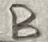
Text: B